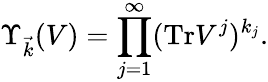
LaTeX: \Upsilon_{\vec{k}}(V)=\prod_{j=1}^{\infty}(\mathrm{Tr}V^{j})^{k_{j}}.